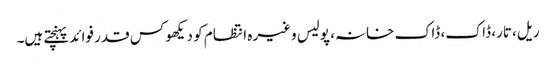
ریل، تار، ڈاک، ڈاک خانہ، پولیس وغیرہ انتظام کو دیکھوکس قدر فوائد پہنچتے ہیں۔